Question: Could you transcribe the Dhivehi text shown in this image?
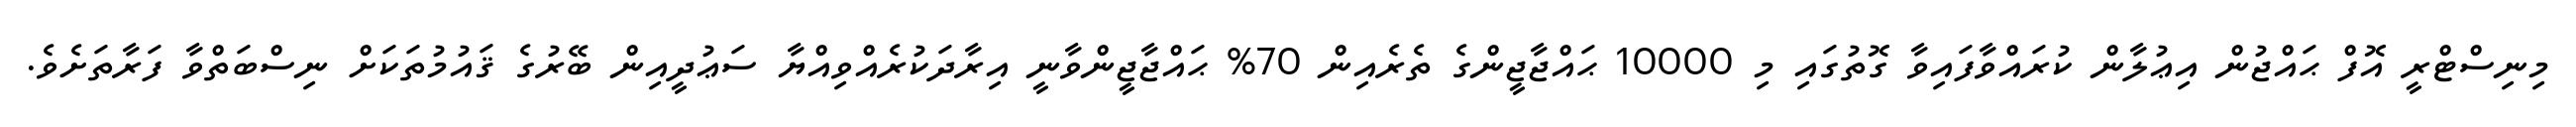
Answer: މިނިސްޓްރީ އޮފް ޙައްޖުން އިޢުލާން ކުރައްވާފައިވާ ގޮތުގައި މި 10000 ޙައްޖާޖީންގެ ތެރެއިން 70% ޙައްޖާޖީންވާނީ އިރާދަކުރެއްވިއްޔާ ސަޢުދީއިން ބޭރުގެ ޤައުމުތަކަށް ނިސްބަތްވާ ފަރާތަށެވެ.